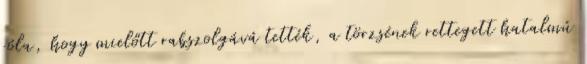
róla, hogy mielőtt rabszolgává tették, a törzsének rettegett hatalmú